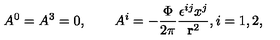
A ^ { 0 } = A ^ { 3 } = 0 , \qquad A ^ { i } = - \frac { \Phi } { 2 \pi } \frac { \epsilon ^ { i j } x ^ { j } } { { \bf r } ^ { 2 } } , i = 1 , 2 ,